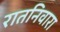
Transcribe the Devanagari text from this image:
रातनिवारा